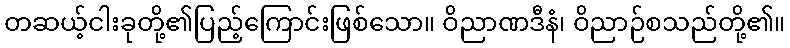
တဆယ့်ငါးခုတို့၏ပြည့်ကြောင်းဖြစ်သော။ ဝိညာဏဒီနံ၊ ဝိညာဉ်စသည်တို့၏။